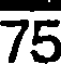
75